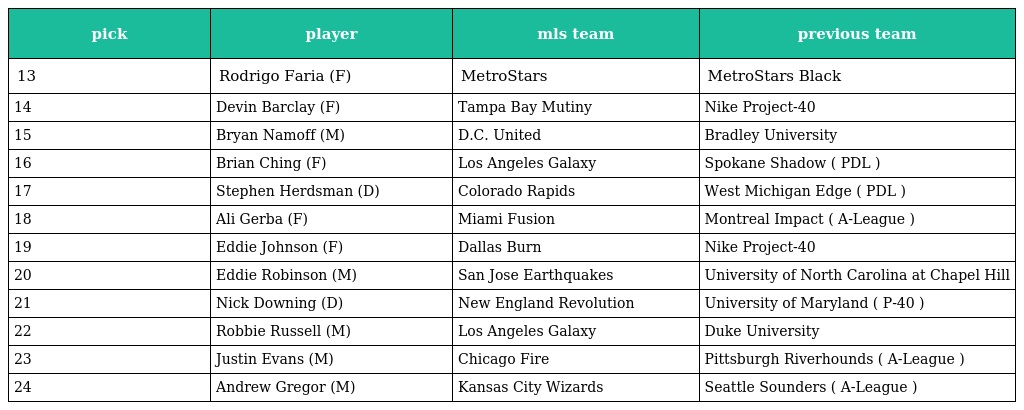
| pick | player | mls team | previous team |
 | --- | --- | --- | --- |
 | 13 | Rodrigo Faria (F) | MetroStars | MetroStars Black |
 | 14 | Devin Barclay (F) | Tampa Bay Mutiny | Nike Project-40 |
 | 15 | Bryan Namoff (M) | D.C. United | Bradley University |
 | 16 | Brian Ching (F) | Los Angeles Galaxy | Spokane Shadow ( PDL ) |
 | 17 | Stephen Herdsman (D) | Colorado Rapids | West Michigan Edge ( PDL ) |
 | 18 | Ali Gerba (F) | Miami Fusion | Montreal Impact ( A-League ) |
 | 19 | Eddie Johnson (F) | Dallas Burn | Nike Project-40 |
 | 20 | Eddie Robinson (M) | San Jose Earthquakes | University of North Carolina at Chapel Hill |
 | 21 | Nick Downing (D) | New England Revolution | University of Maryland ( P-40 ) |
 | 22 | Robbie Russell (M) | Los Angeles Galaxy | Duke University |
 | 23 | Justin Evans (M) | Chicago Fire | Pittsburgh Riverhounds ( A-League ) |
 | 24 | Andrew Gregor (M) | Kansas City Wizards | Seattle Sounders ( A-League ) |